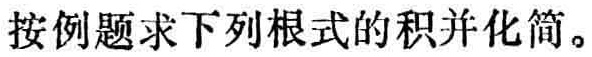
按例题求下列根式的积并化简。